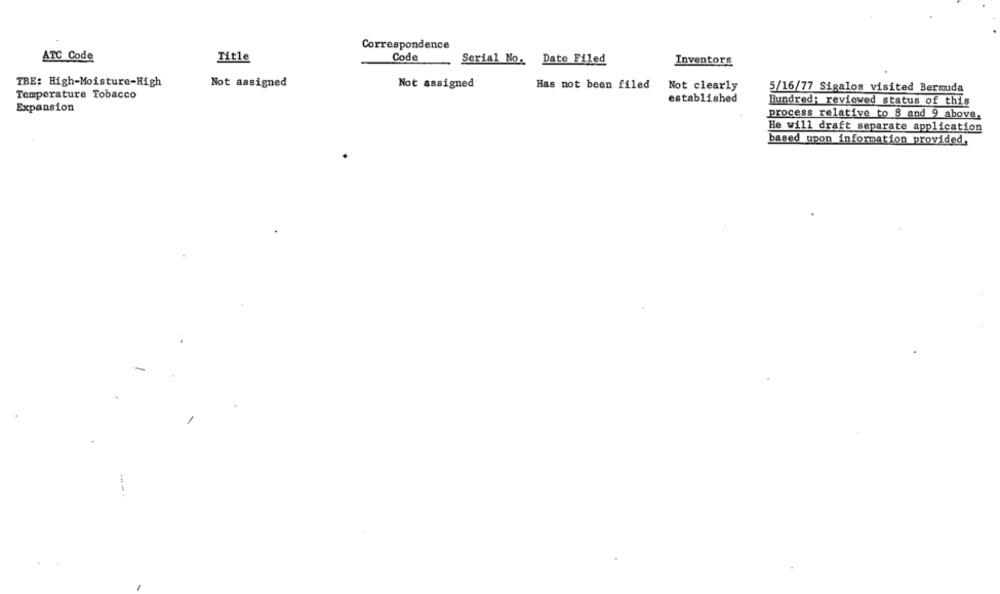
Correspondence
ATC Code
Title
Code
Serial No. Date Filed
Inventors
TBE: High-Moisture-High
Not assigned
Not assigned
Has not been filed
Not clearly
5/16/77 Sigalos visited Bermuda
Temperature Tobacco
established
Hundred: reviewed status of this
Expansion
process relative to 8 and 9 above.
He will draft separate application
based upon information provided,
....